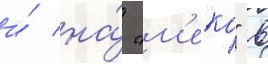
и́ на́ "м'еко" в